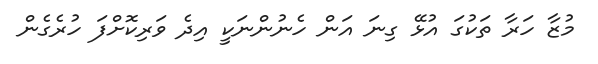
މުޒާ ހަރާ ތަކުގަ އުޅޭ ގިނަ އަން ހެނުންނަކީ އިދެ ވަރިކޮށްފަ ހުރެގެން